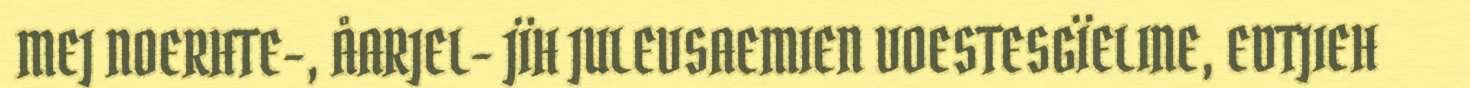
MEJ NOERHTE-, ÅARJEL- JÏH JULEVSAEMIEN VOESTESGÏELINE, EDTJIEH